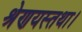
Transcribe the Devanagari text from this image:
श्रेणयस्तथा।